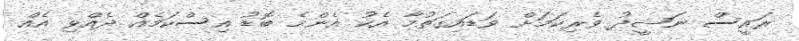
ރައީސް ނަޝީދު ވެރިކަމަށް ވަޑައިގަތުމާ އެކު އެންމެ ބޮޑު އިސްކަމެއް ދެއްވި އެއް